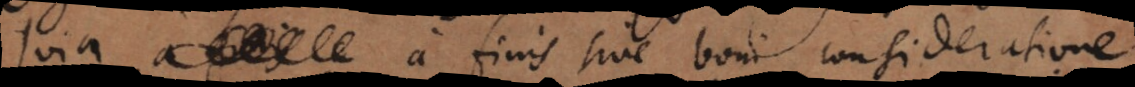
quia a finis sive boni consideratione